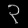
Digit: ၃